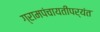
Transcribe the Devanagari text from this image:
ग्रामपंचायतींपर्यंत